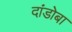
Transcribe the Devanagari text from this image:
दांडोबा